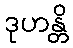
ဒုဟန္တိ